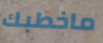
ماخطبك